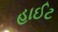
હાઈટ